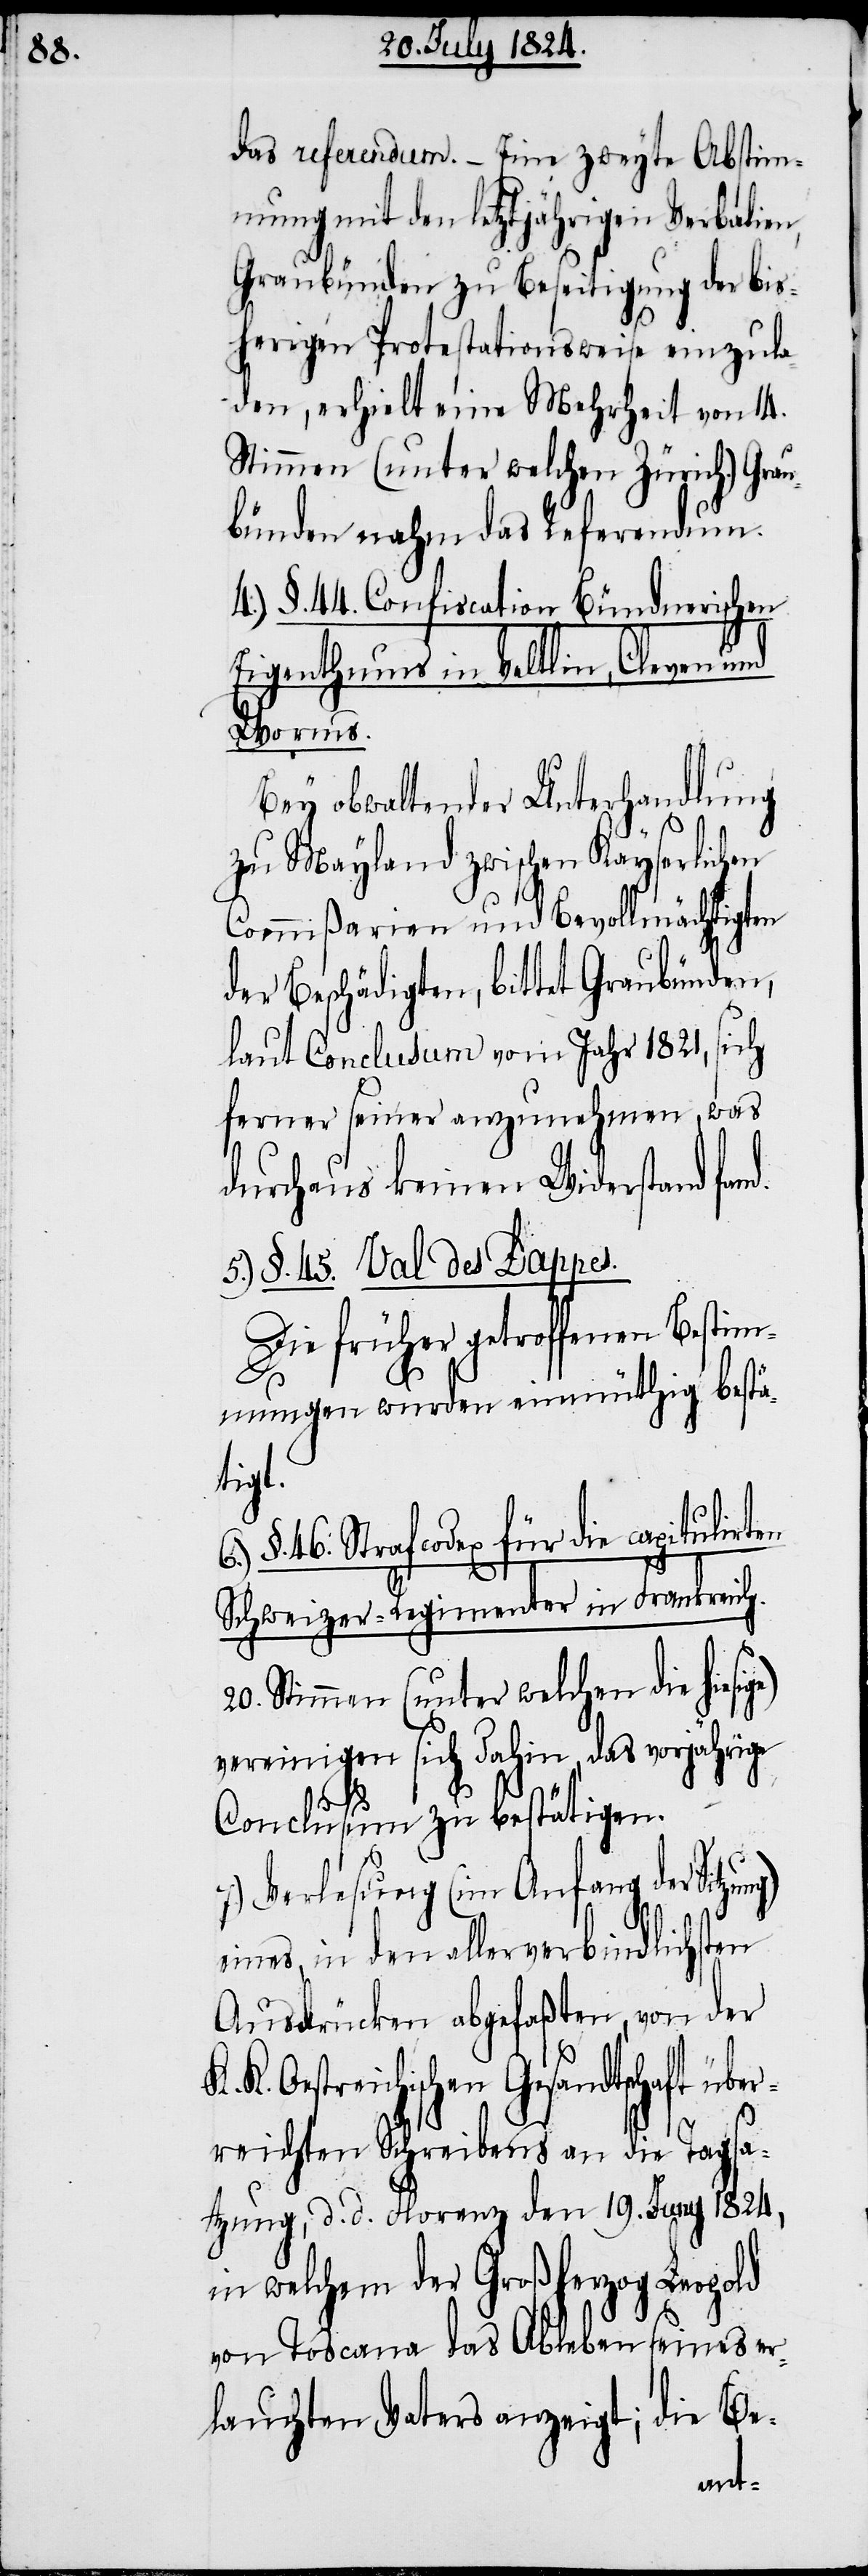
das referendum. – Eine zweyte Abstim¬
mung mit den letztjährigen Verbalien,
Graubünden zu Beseitigung der bis¬
herigen Protestationsweise einzula¬
den, erhielt eine Mehrheit von 14.
Stimmen (unter welchen Zürich.) Grau¬
bünden nahm das Referendum.
4.) §. 44. Confiscation Bündnerischen
Eigenthums in Veltlin, Cleven und
Worms.
Bey obwaltender Unterhandlung
zu Meyland zwischen Kayserlichen
Commißarien und Bevollmächtigten
der Beschädigten, bittet Graubünden,
laut Conclusum vom Jahr 1821, sich
ferner seiner anzunehmen, was
durchaus keinen Widerstand fa¬
5.) §. 45. Val des Dappes.
Die früher getroffenen Bestim¬
mungen wurden einmüthig bestä¬
ige)
§. 46. Strafcodex für die capitulirten
Schweizer-Regimenter in Frankreich.
20. Stimmen (unter welchen die hies¬
vereinigen sich dahin, das vorjährige
Conclusum zu bestätigen.
Verlesung (im Anfang der Sitzu¬
eines, in den allerverbindlichsten
Ausdrücken abgefaßten, von der
K. Oestreichischen Gesandtschaft über¬
reichten Schreibens an die Tagsa¬
tzung, d. d. Florenz den 19. Juny 1824,
in welchem der Großherzog Leopold
von Toscana das Ableben seines er¬
lauchten Vaters anzeigt; die Be-
ng)